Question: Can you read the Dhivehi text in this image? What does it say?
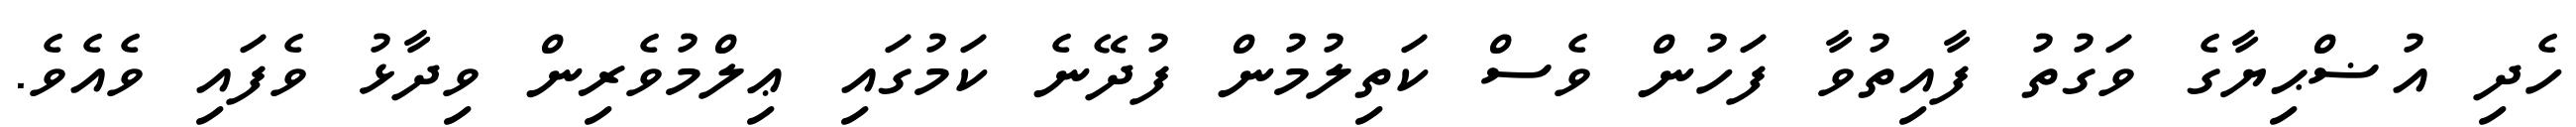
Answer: ހެދި އުޟްޙިޔާގެ ވަގުތު ފާއިތުވާ ފަހުން ވެސް ކަތިލުމުން ފުދޭނެ ކަމުގައި ޢިލްމުވެރިން ވިދާޅު ވެފައި ވެއެވެ.